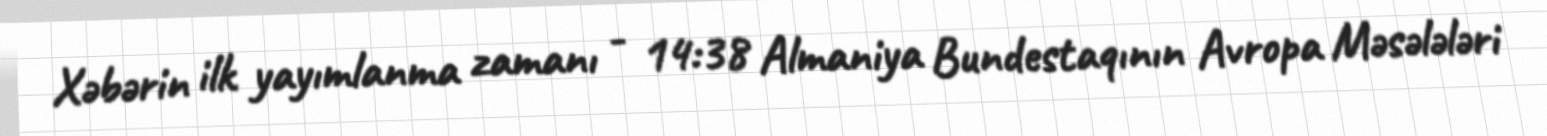
Xəbərin ilk yayımlanma zamanı - 14:38 Almaniya Bundestaqının Avropa Məsələləri